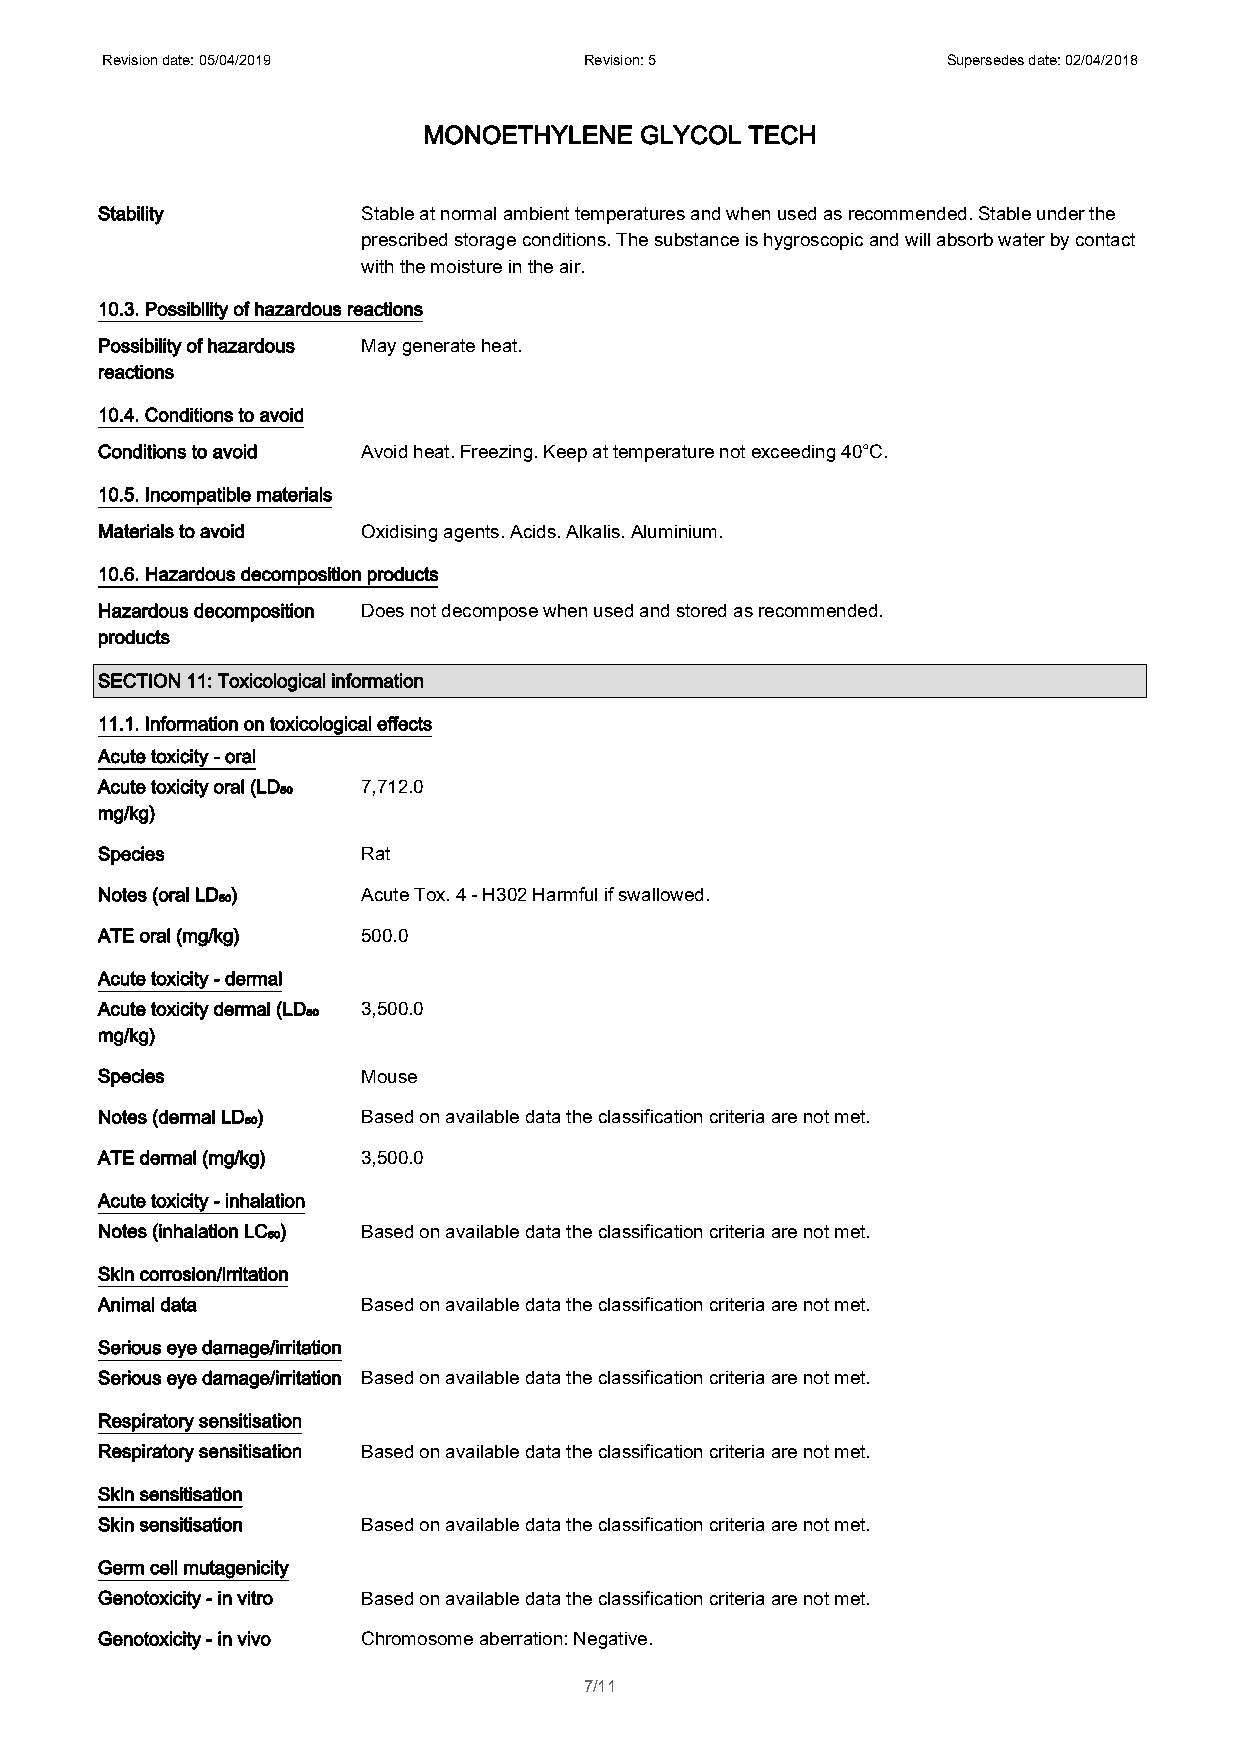
Revision date: 05/04/2019       Revision: 5             Supersedes date: 02/04/2018
 MONOETHYLENE  GLYCOL  TECH
 Stability         Stable at normal ambient temperatures and when used as recommended. Stable under the
 prescribed storage conditions. The substance is hygroscopic and will absorb water by contact
 with the moisture in the air.
 10.3. Possibility of hazardous reactions
 Possibility of hazardous May generate heat.
 reactions
 10.4. Conditions to avoid
 Conditions to avoid Avoid heat. Freezing. Keep at temperature not exceeding 40°C.
 10.5. Incompatible materials
 Materials to avoid Oxidising agents. Acids. Alkalis. Aluminium.
 10.6. Hazardous decomposition products
 Hazardous decomposition Does not decompose when used and stored as recommended.
 products
 SECTION 11: Toxicological information
 11.1. Information on toxicological effects
 Acute toxicity - oral
 Acute toxicity oral (LD₅₀ 7,712.0
 mg/kg)
 Species           Rat
 Notes (oral LD₅₀) Acute Tox. 4 - H302 Harmful if swallowed.
 ATE oral (mg/kg)  500.0
 Acute toxicity - dermal
 Acute toxicity dermal (LD₅₀ 3,500.0
 mg/kg)
 Species           Mouse
 Notes (dermal LD₅₀) Based on available data the classification criteria are not met.
 ATE dermal (mg/kg) 3,500.0
 Acute toxicity - inhalation
 Notes (inhalation LC₅₀) Based on available data the classification criteria are not met.
 Skin corrosion/irritation
 Animal data       Based on available data the classification criteria are not met.
 Serious eye damage/irritation
 Serious eye damage/irritation Based on available data the classification criteria are not met.
 Respiratory sensitisation
 Respiratory sensitisation Based on available data the classification criteria are not met.
 Skin sensitisation
 Skin sensitisation Based on available data the classification criteria are not met.
 Germ cell mutagenicity
 Genotoxicity - in vitro Based on available data the classification criteria are not met.
 Genotoxicity - in vivo Chromosome aberration: Negative.
 7/11